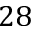
2 8